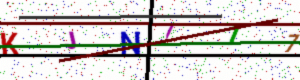
Text: KJNI17